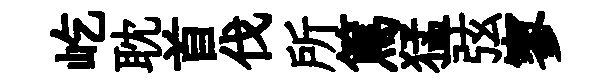
屹耽首伐所篤猛弦寥